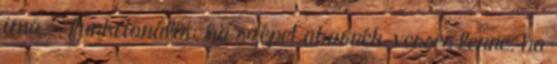
ima. - funkcionális: ha szépet akarnék, verses lenne. ha